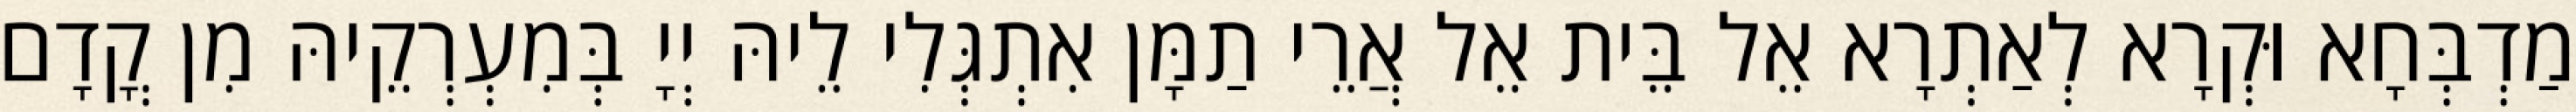
מַדְבְּחָא וּקְרָא לְאַתְרָא אֵל בֵּית אֵל אֲרֵי תַמָּן אִתְגְּלִי לֵיהּ יְיָ בְּמִעְרְקֵיהּ מִן קֳדָם